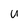
Character: U